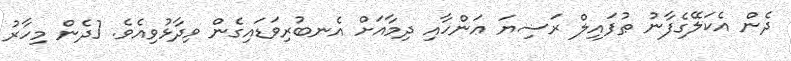
ދެން އެކަލޭގެފާނު ޠުފައިލް ރަޟިޔަ ޢަންހާއި ދިމާއަށް އެނބުރިވަޑައިގެން ވިދާޅުވިއެވެ. [ދެން މިހާރު